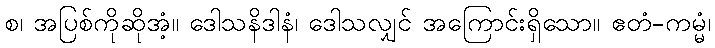
စ၊ အပြစ်ကိုဆိုအံ့။ ဒေါသနိဒါနံ၊ ဒေါသလျှင် အကြောင်းရှိသော။ ဧတံ-ကမ္မံ၊